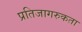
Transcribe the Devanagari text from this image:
प्रतिजागरुकता